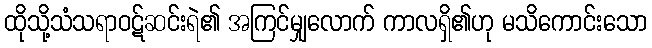
ထိုသို့သံသရာဝဋ်ဆင်းရဲ၏ အကြင်မျှလောက် ကာလရှိ၏ဟု မသိကောင်းသော